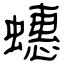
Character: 蟪